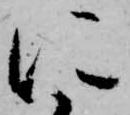
に